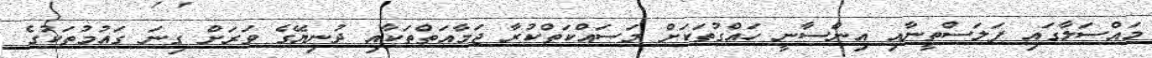
މައްސަލާގައި ފަލަސްތީނާއި އިންސާނީ ހައްގުތަކަށް މަސައްކަތްކުރާ ޖަމާއަތްތަކާއި ދުނިޔޭގެ ވަރަށް ގިނަ ގައުމުތަކުގެ